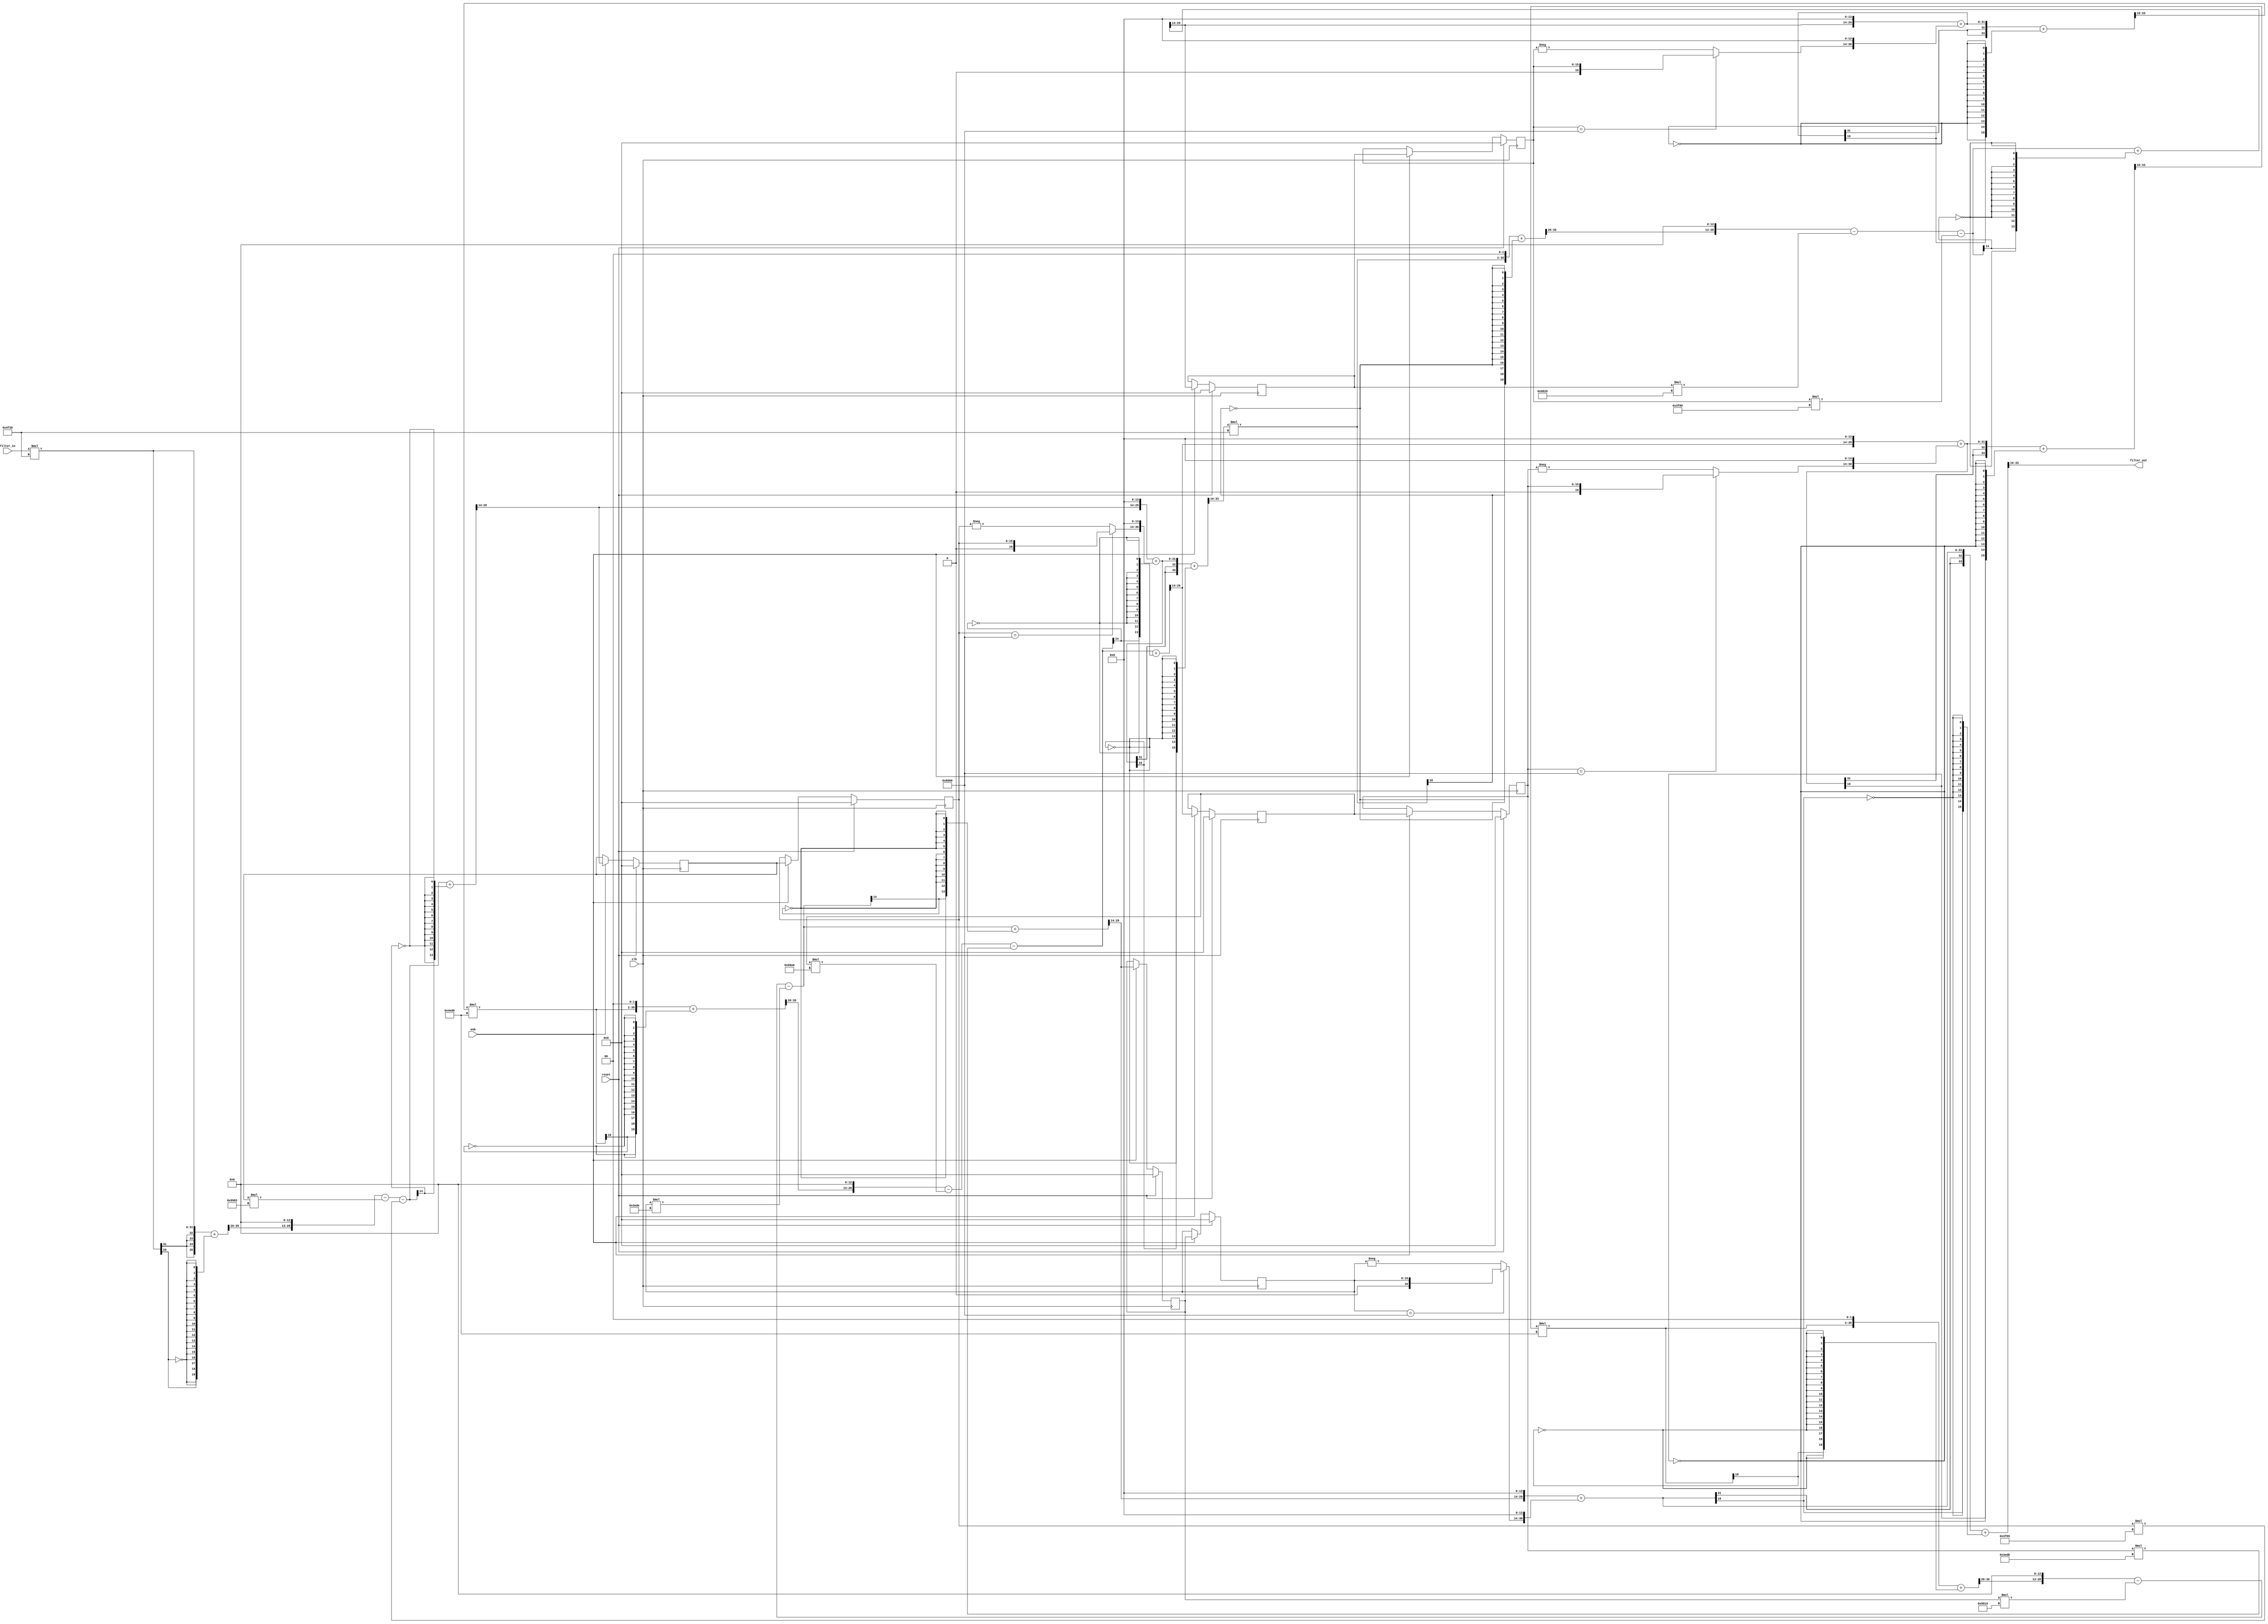
// ------------------------------------------------------------
// 
// Generated by MATLAB 8.1 and HDL Coder 3.2
// 
// ------------------------------------------------------------
// 
// 
// ------------------------------------------------------------
// 
// Module: filter
// Source Path: /filter
// 
// ------------------------------------------------------------
// 
// HDL Implementation    : Fully parallel
// Multipliers           : 12
// Folding Factor        : 1



`timescale 1 ns / 1 ns

module filter
               (
                clk,
                enb,
                reset,
                filter_in,
                filter_out
                );

  input   clk; 
  input   enb; 
  input   reset; 
  input   signed [15:0] filter_in; //sfix16_En15
  output  signed [17:0] filter_out; //sfix18_En13

////////////////////////////////////////////////////////////////
//Module Architecture: filter
////////////////////////////////////////////////////////////////
  // Local Functions
  // Type Definitions
  // Constants
  parameter signed [15:0] scaleconst1 = 16'b0100111100111001; //sfix16_En21
  parameter signed [15:0] coeff_b1_section1 = 16'b0100000000000000; //sfix16_En14
  parameter signed [15:0] coeff_b2_section1 = 16'b0000000000000000; //sfix16_En14
  parameter signed [15:0] coeff_b3_section1 = 16'b1100000000000000; //sfix16_En14
  parameter signed [15:0] coeff_a2_section1 = 16'b1001100110000011; //sfix16_En14
  parameter signed [15:0] coeff_a3_section1 = 16'b0011111110000101; //sfix16_En14
  parameter signed [15:0] scaleconst2 = 16'b0100111100111001; //sfix16_En21
  parameter signed [15:0] coeff_b1_section2 = 16'b0100000000000000; //sfix16_En14
  parameter signed [15:0] coeff_b2_section2 = 16'b0000000000000000; //sfix16_En14
  parameter signed [15:0] coeff_b3_section2 = 16'b1100000000000000; //sfix16_En14
  parameter signed [15:0] coeff_a2_section2 = 16'b1001100000101001; //sfix16_En14
  parameter signed [15:0] coeff_a3_section2 = 16'b0011111110001000; //sfix16_En14
  parameter signed [15:0] scaleconst3 = 16'b0100111011010000; //sfix16_En21
  parameter signed [15:0] coeff_b1_section3 = 16'b0100000000000000; //sfix16_En14
  parameter signed [15:0] coeff_b2_section3 = 16'b0000000000000000; //sfix16_En14
  parameter signed [15:0] coeff_b3_section3 = 16'b1100000000000000; //sfix16_En14
  parameter signed [15:0] coeff_a2_section3 = 16'b1001100110100110; //sfix16_En14
  parameter signed [15:0] coeff_a3_section3 = 16'b0011111011011011; //sfix16_En14
  parameter signed [15:0] scaleconst4 = 16'b0100111011010000; //sfix16_En21
  parameter signed [15:0] coeff_b1_section4 = 16'b0100000000000000; //sfix16_En14
  parameter signed [15:0] coeff_b2_section4 = 16'b0000000000000000; //sfix16_En14
  parameter signed [15:0] coeff_b3_section4 = 16'b1100000000000000; //sfix16_En14
  parameter signed [15:0] coeff_a2_section4 = 16'b1001100100010101; //sfix16_En14
  parameter signed [15:0] coeff_a3_section4 = 16'b0011111011011110; //sfix16_En14
  // Signals
  wire signed [15:0] input_typeconvert; // sfix16_En15
  wire signed [35:0] scale1; // sfix36_En36
  wire signed [31:0] mul_temp; // sfix32_En36
  wire signed [15:0] scaletypeconvert1; // sfix16_En16
  // Section 1 Signals 
  wire signed [39:0] a1sum1; // sfix40_En29
  wire signed [39:0] a2sum1; // sfix40_En29
  wire signed [39:0] b1sum1; // sfix40_En29
  wire signed [15:0] typeconvert1; // sfix16_En15
  reg  signed [15:0] delay_section1 [0:1] ; // sfix16_En15
  wire signed [15:0] inputconv1; // sfix16_En16
  wire signed [31:0] a2mul1; // sfix32_En29
  wire signed [31:0] a3mul1; // sfix32_En29
  wire signed [31:0] b1mul1; // sfix32_En29
  wire signed [31:0] b3mul1; // sfix32_En29
  wire signed [16:0] unaryminus_temp; // sfix17_En15
  wire signed [39:0] sub_cast; // sfix40_En29
  wire signed [39:0] sub_cast_1; // sfix40_En29
  wire signed [40:0] sub_temp; // sfix41_En29
  wire signed [39:0] sub_cast_2; // sfix40_En29
  wire signed [39:0] sub_cast_3; // sfix40_En29
  wire signed [40:0] sub_temp_1; // sfix41_En29
  wire signed [39:0] b1multypeconvert1; // sfix40_En29
  wire signed [39:0] add_cast; // sfix40_En29
  wire signed [39:0] add_cast_1; // sfix40_En29
  wire signed [40:0] add_temp; // sfix41_En29
  wire signed [17:0] section_result1; // sfix18_En13
  wire signed [35:0] scale2; // sfix36_En36
  wire signed [33:0] mul_temp_1; // sfix34_En34
  wire signed [15:0] scaletypeconvert2; // sfix16_En16
  // Section 2 Signals 
  wire signed [39:0] a1sum2; // sfix40_En29
  wire signed [39:0] a2sum2; // sfix40_En29
  wire signed [39:0] b1sum2; // sfix40_En29
  wire signed [15:0] typeconvert2; // sfix16_En15
  reg  signed [15:0] delay_section2 [0:1] ; // sfix16_En15
  wire signed [15:0] inputconv2; // sfix16_En16
  wire signed [31:0] a2mul2; // sfix32_En29
  wire signed [31:0] a3mul2; // sfix32_En29
  wire signed [31:0] b1mul2; // sfix32_En29
  wire signed [31:0] b3mul2; // sfix32_En29
  wire signed [16:0] unaryminus_temp_1; // sfix17_En15
  wire signed [39:0] sub_cast_4; // sfix40_En29
  wire signed [39:0] sub_cast_5; // sfix40_En29
  wire signed [40:0] sub_temp_2; // sfix41_En29
  wire signed [39:0] sub_cast_6; // sfix40_En29
  wire signed [39:0] sub_cast_7; // sfix40_En29
  wire signed [40:0] sub_temp_3; // sfix41_En29
  wire signed [39:0] b1multypeconvert2; // sfix40_En29
  wire signed [39:0] add_cast_2; // sfix40_En29
  wire signed [39:0] add_cast_3; // sfix40_En29
  wire signed [40:0] add_temp_1; // sfix41_En29
  wire signed [17:0] section_result2; // sfix18_En13
  wire signed [35:0] scale3; // sfix36_En36
  wire signed [33:0] mul_temp_2; // sfix34_En34
  wire signed [15:0] scaletypeconvert3; // sfix16_En16
  // Section 3 Signals 
  wire signed [39:0] a1sum3; // sfix40_En29
  wire signed [39:0] a2sum3; // sfix40_En29
  wire signed [39:0] b1sum3; // sfix40_En29
  wire signed [15:0] typeconvert3; // sfix16_En15
  reg  signed [15:0] delay_section3 [0:1] ; // sfix16_En15
  wire signed [15:0] inputconv3; // sfix16_En16
  wire signed [31:0] a2mul3; // sfix32_En29
  wire signed [31:0] a3mul3; // sfix32_En29
  wire signed [31:0] b1mul3; // sfix32_En29
  wire signed [31:0] b3mul3; // sfix32_En29
  wire signed [16:0] unaryminus_temp_2; // sfix17_En15
  wire signed [39:0] sub_cast_8; // sfix40_En29
  wire signed [39:0] sub_cast_9; // sfix40_En29
  wire signed [40:0] sub_temp_4; // sfix41_En29
  wire signed [39:0] sub_cast_10; // sfix40_En29
  wire signed [39:0] sub_cast_11; // sfix40_En29
  wire signed [40:0] sub_temp_5; // sfix41_En29
  wire signed [39:0] b1multypeconvert3; // sfix40_En29
  wire signed [39:0] add_cast_4; // sfix40_En29
  wire signed [39:0] add_cast_5; // sfix40_En29
  wire signed [40:0] add_temp_2; // sfix41_En29
  wire signed [17:0] section_result3; // sfix18_En13
  wire signed [35:0] scale4; // sfix36_En36
  wire signed [33:0] mul_temp_3; // sfix34_En34
  wire signed [15:0] scaletypeconvert4; // sfix16_En16
  // Section 4 Signals 
  wire signed [39:0] a1sum4; // sfix40_En29
  wire signed [39:0] a2sum4; // sfix40_En29
  wire signed [39:0] b1sum4; // sfix40_En29
  wire signed [15:0] typeconvert4; // sfix16_En15
  reg  signed [15:0] delay_section4 [0:1] ; // sfix16_En15
  wire signed [15:0] inputconv4; // sfix16_En16
  wire signed [31:0] a2mul4; // sfix32_En29
  wire signed [31:0] a3mul4; // sfix32_En29
  wire signed [31:0] b1mul4; // sfix32_En29
  wire signed [31:0] b3mul4; // sfix32_En29
  wire signed [16:0] unaryminus_temp_3; // sfix17_En15
  wire signed [39:0] sub_cast_12; // sfix40_En29
  wire signed [39:0] sub_cast_13; // sfix40_En29
  wire signed [40:0] sub_temp_6; // sfix41_En29
  wire signed [39:0] sub_cast_14; // sfix40_En29
  wire signed [39:0] sub_cast_15; // sfix40_En29
  wire signed [40:0] sub_temp_7; // sfix41_En29
  wire signed [39:0] b1multypeconvert4; // sfix40_En29
  wire signed [39:0] add_cast_6; // sfix40_En29
  wire signed [39:0] add_cast_7; // sfix40_En29
  wire signed [40:0] add_temp_3; // sfix41_En29
  wire signed [17:0] output_typeconvert; // sfix18_En13

  // Block Statements
  assign input_typeconvert = filter_in;

  assign mul_temp = input_typeconvert * scaleconst1;
  assign scale1 = $signed({{4{mul_temp[31]}}, mul_temp});

  assign scaletypeconvert1 = (scale1[35:0] + {scale1[20], {19{~scale1[20]}}})>>>20;

  //   ------------------ Section 1 ------------------

  assign typeconvert1 = (a1sum1[29:0] + {a1sum1[14], {13{~a1sum1[14]}}})>>>14;

  always @ (posedge clk)
    begin: delay_process_section1
      if (reset == 1'b1) begin
        delay_section1[0] <= 16'b0000000000000000;
        delay_section1[1] <= 16'b0000000000000000;
      end
      else begin
        if (enb == 1'b1) begin
          delay_section1[1] <= delay_section1[0];
          delay_section1[0] <= typeconvert1;
        end
      end
    end // delay_process_section1

  assign inputconv1 = scaletypeconvert1;

  assign a2mul1 = delay_section1[0] * coeff_a2_section1;

  assign a3mul1 = delay_section1[1] * coeff_a3_section1;

  assign b1mul1 = $signed({typeconvert1[15:0], 14'b00000000000000});

  assign unaryminus_temp = (delay_section1[1]==16'b1000000000000000) ? $signed({1'b0, delay_section1[1]}) : -delay_section1[1];
  assign b3mul1 = $signed({unaryminus_temp[16:0], 14'b00000000000000});

  assign sub_cast = $signed({inputconv1[15:0], 13'b0000000000000});
  assign sub_cast_1 = $signed({{8{a2mul1[31]}}, a2mul1});
  assign sub_temp = sub_cast - sub_cast_1;
  assign a2sum1 = sub_temp[39:0];

  assign sub_cast_2 = a2sum1;
  assign sub_cast_3 = $signed({{8{a3mul1[31]}}, a3mul1});
  assign sub_temp_1 = sub_cast_2 - sub_cast_3;
  assign a1sum1 = sub_temp_1[39:0];

  assign b1multypeconvert1 = $signed({{8{b1mul1[31]}}, b1mul1});

  assign add_cast = b1multypeconvert1;
  assign add_cast_1 = $signed({{8{b3mul1[31]}}, b3mul1});
  assign add_temp = add_cast + add_cast_1;
  assign b1sum1 = add_temp[39:0];

  assign section_result1 = (b1sum1[33:0] + {b1sum1[16], {15{~b1sum1[16]}}})>>>16;

  assign mul_temp_1 = section_result1 * scaleconst2;
  assign scale2 = $signed({mul_temp_1[33:0], 2'b00});

  assign scaletypeconvert2 = (scale2[35:0] + {scale2[20], {19{~scale2[20]}}})>>>20;

  //   ------------------ Section 2 ------------------

  assign typeconvert2 = (a1sum2[29:0] + {a1sum2[14], {13{~a1sum2[14]}}})>>>14;

  always @ (posedge clk)
    begin: delay_process_section2
      if (reset == 1'b1) begin
        delay_section2[0] <= 16'b0000000000000000;
        delay_section2[1] <= 16'b0000000000000000;
      end
      else begin
        if (enb == 1'b1) begin
          delay_section2[1] <= delay_section2[0];
          delay_section2[0] <= typeconvert2;
        end
      end
    end // delay_process_section2

  assign inputconv2 = scaletypeconvert2;

  assign a2mul2 = delay_section2[0] * coeff_a2_section2;

  assign a3mul2 = delay_section2[1] * coeff_a3_section2;

  assign b1mul2 = $signed({typeconvert2[15:0], 14'b00000000000000});

  assign unaryminus_temp_1 = (delay_section2[1]==16'b1000000000000000) ? $signed({1'b0, delay_section2[1]}) : -delay_section2[1];
  assign b3mul2 = $signed({unaryminus_temp_1[16:0], 14'b00000000000000});

  assign sub_cast_4 = $signed({inputconv2[15:0], 13'b0000000000000});
  assign sub_cast_5 = $signed({{8{a2mul2[31]}}, a2mul2});
  assign sub_temp_2 = sub_cast_4 - sub_cast_5;
  assign a2sum2 = sub_temp_2[39:0];

  assign sub_cast_6 = a2sum2;
  assign sub_cast_7 = $signed({{8{a3mul2[31]}}, a3mul2});
  assign sub_temp_3 = sub_cast_6 - sub_cast_7;
  assign a1sum2 = sub_temp_3[39:0];

  assign b1multypeconvert2 = $signed({{8{b1mul2[31]}}, b1mul2});

  assign add_cast_2 = b1multypeconvert2;
  assign add_cast_3 = $signed({{8{b3mul2[31]}}, b3mul2});
  assign add_temp_1 = add_cast_2 + add_cast_3;
  assign b1sum2 = add_temp_1[39:0];

  assign section_result2 = (b1sum2[33:0] + {b1sum2[16], {15{~b1sum2[16]}}})>>>16;

  assign mul_temp_2 = section_result2 * scaleconst3;
  assign scale3 = $signed({mul_temp_2[33:0], 2'b00});

  assign scaletypeconvert3 = (scale3[35:0] + {scale3[20], {19{~scale3[20]}}})>>>20;

  //   ------------------ Section 3 ------------------

  assign typeconvert3 = (a1sum3[29:0] + {a1sum3[14], {13{~a1sum3[14]}}})>>>14;

  always @ (posedge clk)
    begin: delay_process_section3
      if (reset == 1'b1) begin
        delay_section3[0] <= 16'b0000000000000000;
        delay_section3[1] <= 16'b0000000000000000;
      end
      else begin
        if (enb == 1'b1) begin
          delay_section3[1] <= delay_section3[0];
          delay_section3[0] <= typeconvert3;
        end
      end
    end // delay_process_section3

  assign inputconv3 = scaletypeconvert3;

  assign a2mul3 = delay_section3[0] * coeff_a2_section3;

  assign a3mul3 = delay_section3[1] * coeff_a3_section3;

  assign b1mul3 = $signed({typeconvert3[15:0], 14'b00000000000000});

  assign unaryminus_temp_2 = (delay_section3[1]==16'b1000000000000000) ? $signed({1'b0, delay_section3[1]}) : -delay_section3[1];
  assign b3mul3 = $signed({unaryminus_temp_2[16:0], 14'b00000000000000});

  assign sub_cast_8 = $signed({inputconv3[15:0], 13'b0000000000000});
  assign sub_cast_9 = $signed({{8{a2mul3[31]}}, a2mul3});
  assign sub_temp_4 = sub_cast_8 - sub_cast_9;
  assign a2sum3 = sub_temp_4[39:0];

  assign sub_cast_10 = a2sum3;
  assign sub_cast_11 = $signed({{8{a3mul3[31]}}, a3mul3});
  assign sub_temp_5 = sub_cast_10 - sub_cast_11;
  assign a1sum3 = sub_temp_5[39:0];

  assign b1multypeconvert3 = $signed({{8{b1mul3[31]}}, b1mul3});

  assign add_cast_4 = b1multypeconvert3;
  assign add_cast_5 = $signed({{8{b3mul3[31]}}, b3mul3});
  assign add_temp_2 = add_cast_4 + add_cast_5;
  assign b1sum3 = add_temp_2[39:0];

  assign section_result3 = (b1sum3[33:0] + {b1sum3[16], {15{~b1sum3[16]}}})>>>16;

  assign mul_temp_3 = section_result3 * scaleconst4;
  assign scale4 = $signed({mul_temp_3[33:0], 2'b00});

  assign scaletypeconvert4 = (scale4[35:0] + {scale4[20], {19{~scale4[20]}}})>>>20;

  //   ------------------ Section 4 ------------------

  assign typeconvert4 = (a1sum4[29:0] + {a1sum4[14], {13{~a1sum4[14]}}})>>>14;

  always @ (posedge clk)
    begin: delay_process_section4
      if (reset == 1'b1) begin
        delay_section4[0] <= 16'b0000000000000000;
        delay_section4[1] <= 16'b0000000000000000;
      end
      else begin
        if (enb == 1'b1) begin
          delay_section4[1] <= delay_section4[0];
          delay_section4[0] <= typeconvert4;
        end
      end
    end // delay_process_section4

  assign inputconv4 = scaletypeconvert4;

  assign a2mul4 = delay_section4[0] * coeff_a2_section4;

  assign a3mul4 = delay_section4[1] * coeff_a3_section4;

  assign b1mul4 = $signed({typeconvert4[15:0], 14'b00000000000000});

  assign unaryminus_temp_3 = (delay_section4[1]==16'b1000000000000000) ? $signed({1'b0, delay_section4[1]}) : -delay_section4[1];
  assign b3mul4 = $signed({unaryminus_temp_3[16:0], 14'b00000000000000});

  assign sub_cast_12 = $signed({inputconv4[15:0], 13'b0000000000000});
  assign sub_cast_13 = $signed({{8{a2mul4[31]}}, a2mul4});
  assign sub_temp_6 = sub_cast_12 - sub_cast_13;
  assign a2sum4 = sub_temp_6[39:0];

  assign sub_cast_14 = a2sum4;
  assign sub_cast_15 = $signed({{8{a3mul4[31]}}, a3mul4});
  assign sub_temp_7 = sub_cast_14 - sub_cast_15;
  assign a1sum4 = sub_temp_7[39:0];

  assign b1multypeconvert4 = $signed({{8{b1mul4[31]}}, b1mul4});

  assign add_cast_6 = b1multypeconvert4;
  assign add_cast_7 = $signed({{8{b3mul4[31]}}, b3mul4});
  assign add_temp_3 = add_cast_6 + add_cast_7;
  assign b1sum4 = add_temp_3[39:0];

  assign output_typeconvert = (b1sum4[33:0] + {b1sum4[16], {15{~b1sum4[16]}}})>>>16;

  // Assignment Statements
  assign filter_out = output_typeconvert;
endmodule  // filter